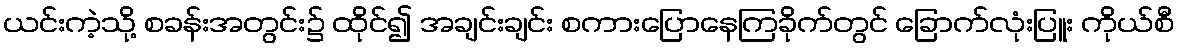
ယင်းကဲ့သို့ စခန်းအတွင်း၌ ထိုင်၍ အချင်းချင်း စကားပြောနေကြခိုက်တွင် ခြောက်လုံးပြူး ကိုယ်စီ